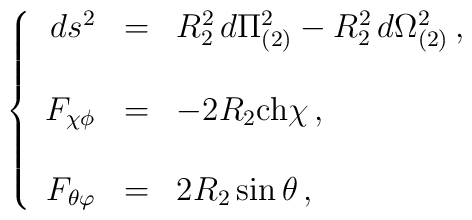
\left\{  \begin{array}{rcl}ds^{2} & = & R_{2}^{2}\,  d\Pi_{(2)}^{2} -R_{2}^{2}\, d\Omega_{(2)}^{2}\, , \\& & \\F_{\chi\phi} & = & -2 R_{2} {\rm ch}\chi\, ,\\& & \\F_{\theta\varphi} & = & 2R_{2}\sin{\theta}\, ,\\  \end{array}\right.